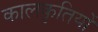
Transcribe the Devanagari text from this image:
कालकृतियों